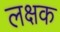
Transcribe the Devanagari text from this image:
लक्षक